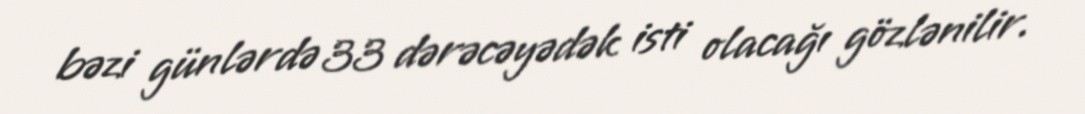
bəzi günlərdə 33 dərəcəyədək isti olacağı gözlənilir.